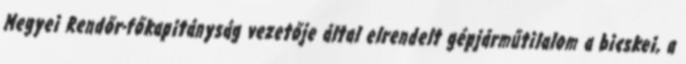
Megyei Rendőr-főkapitányság vezetője által elrendelt gépjárműtilalom a bicskei, a